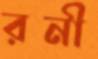
রনী